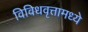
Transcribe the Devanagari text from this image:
विविधवृत्तामध्ये